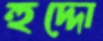
হুদ্দো